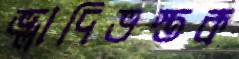
ভ্লাদিভস্তক